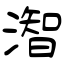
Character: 潪